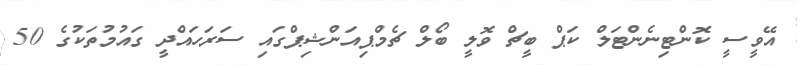
އޭވީސީ ކޮންޓިނެންޓަލް ކަޕް ބީޗް ވޮލީ ބޯލް ޗެމްޕިއަންޝިޕްގައި ސަރަހައްދީ ގައުމުތަކުގެ 50